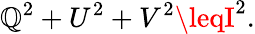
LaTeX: \mathbb{Q}^{2}+U^{2}+V^{2}\leqI^{2}.